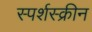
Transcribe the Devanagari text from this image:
स्पर्शस्क्रीन